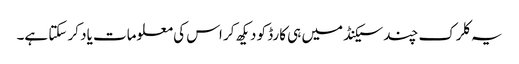
یہ کلرک چند سیکنڈ میں ہی کارڈ کو دیکھ کر اس کی معلومات یاد کر سکتا ہے۔